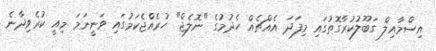
އިސްމާއިލް ގަބޫލުކުރާގޮތުގައި މިފަދަ އެއްޗެެއް ހެދުމުގެ "ނޮލެޖް" ހުރެއްޖެކަމުގައި ވަނީނަމަ މިއީ ކުރެވިދާނެ